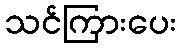
သင်ကြားပေး